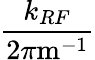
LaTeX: \frac{k_{RF}}{2\pi\mathrm{m}^{-1}}